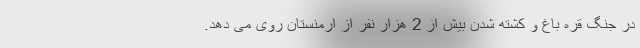
در جنگ قره باغ و کشته شدن بیش از 2 هزار نفر از ارمنستان روی می دهد.